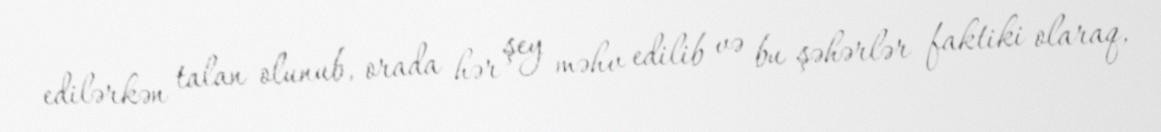
edilərkən talan olunub, orada hər şey məhv edilib və bu şəhərlər faktiki olaraq,